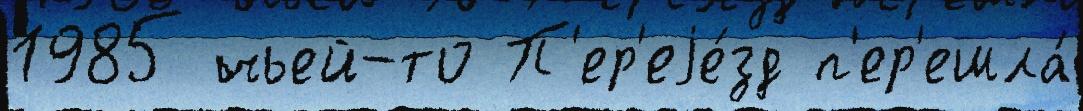
1985 чьей-то П'ер'еjе́зд п'ер'ешла́